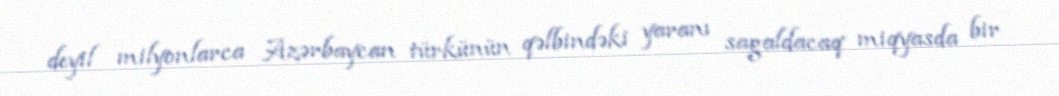
deyil milyonlarca Azərbaycan türkünün qəlbindəki yaranı sagaldacaq miqyasda bir